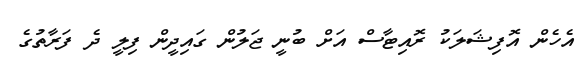
އެހެން އޮފިޝަލަކު ރޮއިޓާސް އަށް ބުނީ ޖަލުން ގައިދީން ފިލީ ދެ ފަރާތުގެ